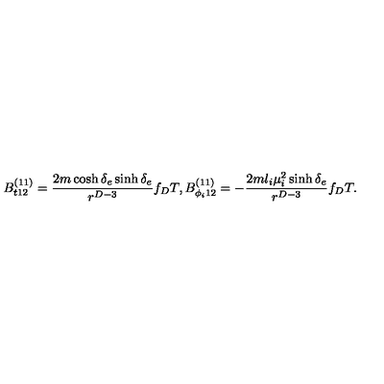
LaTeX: B _ { t 1 2 } ^ { ( 1 1 ) } = { \frac { 2 m \cosh \delta _ { e } \sinh \delta _ { e } } { r ^ { D - 3 } } } f _ { D } T , B _ { \phi _ { i } 1 2 } ^ { ( 1 1 ) } = - { \frac { 2 m l _ { i } \mu _ { i } ^ { 2 } \sinh \delta _ { e } } { r ^ { D - 3 } } } f _ { D } T .